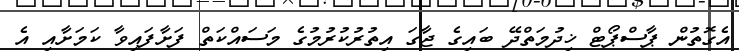
އެގޮތުން ޕާސްޕޯޓް ޚިދުމަތްދޭ ބައިގެ ޖާގަ އިތުރުކުރުމުގެ މަސައްކަތް ފަށާފައިވާ ކަމަށާއި އެ